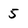
Character: 5